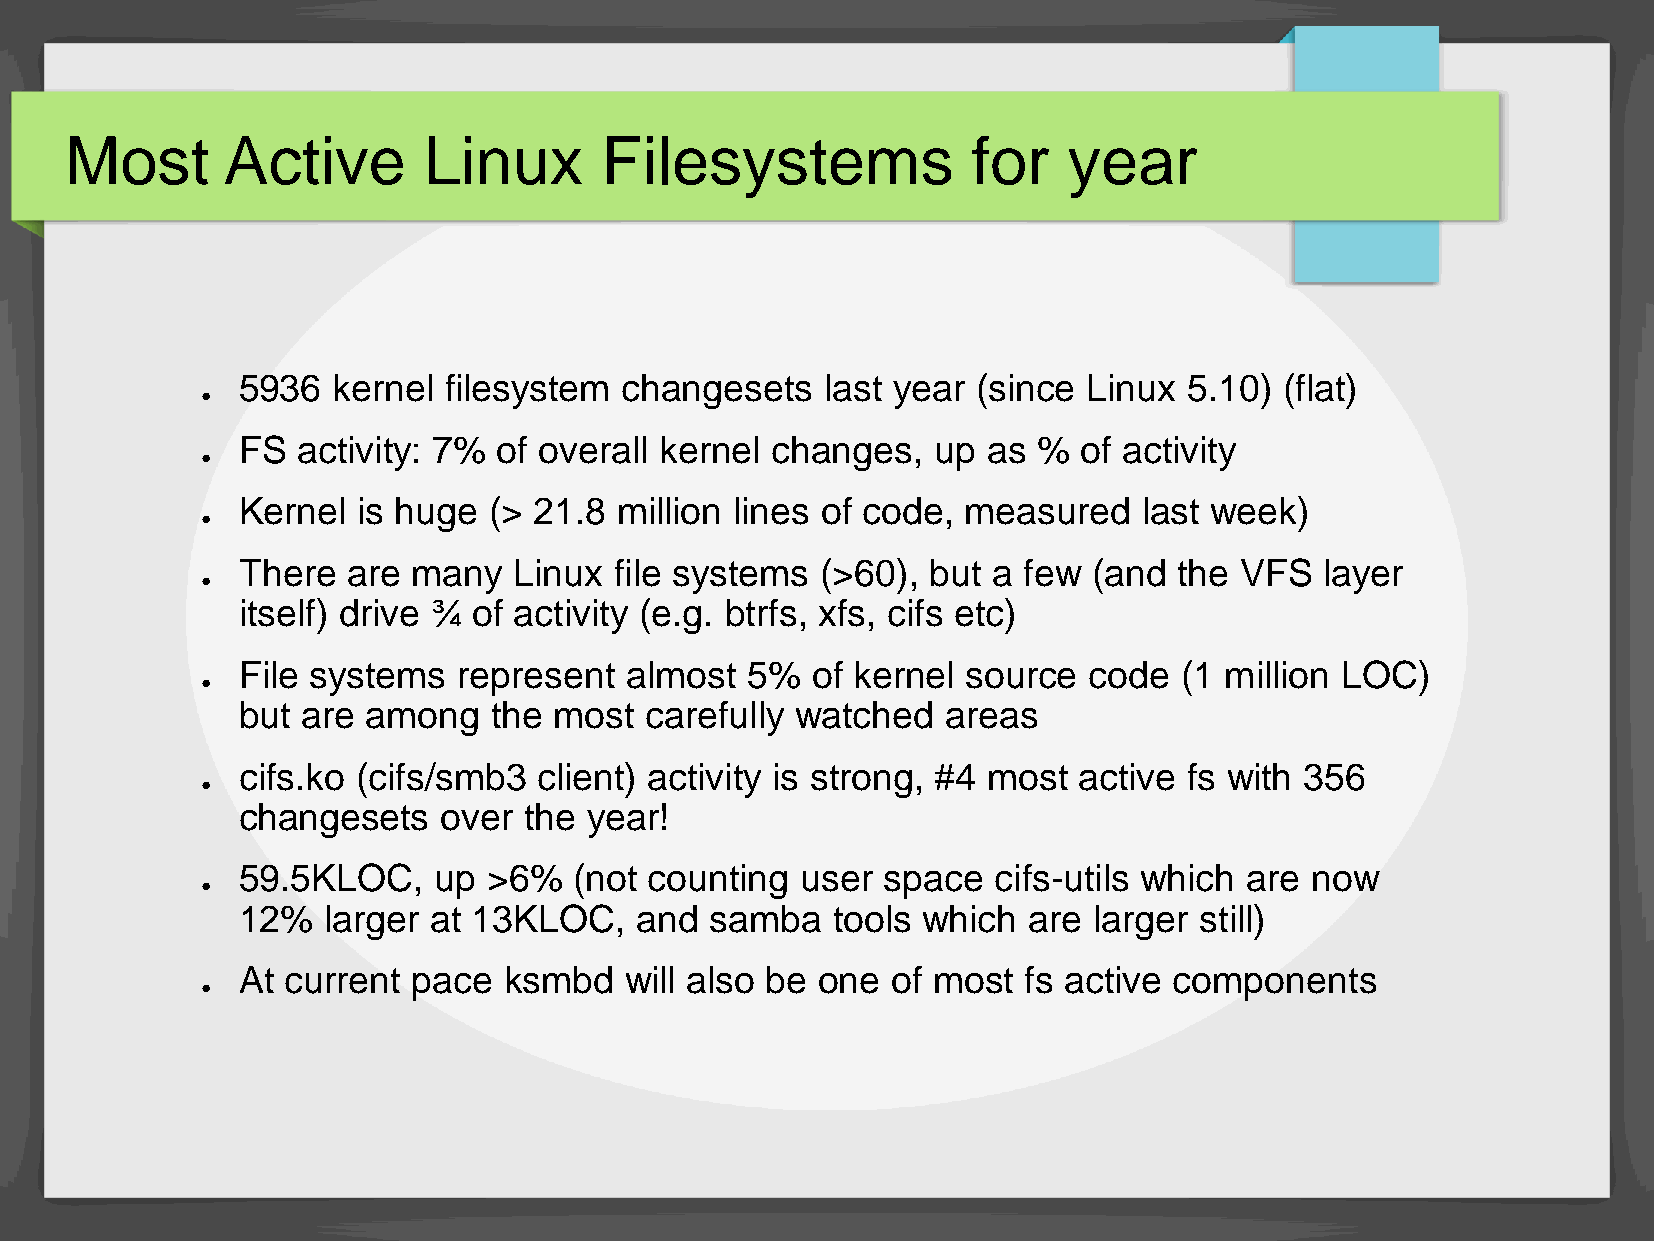
Most       Active       Linux       Filesystems             for    year
 5936  kernel filesystem  changesets    last year (since Linux  5.10) (flat)
 ●
 FS  activity: 7% of overall kernel changes,   up as  %  of activity
 ●
 Kernel  is huge (> 21.8  million lines of code, measured    last week)
 ●
 There  are many   Linux  file systems (>60),  but a few (and  the VFS   layer
 ●
 itself) drive ¾ of activity (e.g. btrfs, xfs, cifs etc)
 File systems  represent  almost  5%   of kernel source  code  (1 million LOC)
 ●
 but are among   the  most  carefully watched   areas
 cifs.ko (cifs/smb3  client) activity is strong, #4 most active fs with 356
 ●
 changesets   over  the year!
 59.5KLOC,    up >6%   (not counting  user space   cifs-utils which are now
 ●
 12%  larger  at 13KLOC,   and  samba   tools which  are larger still)
 At current pace  ksmbd   will also be one  of most  fs active components
 ●